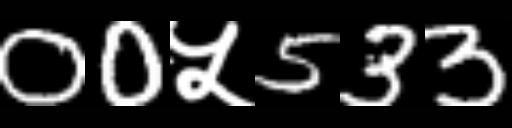
Text: 00५533